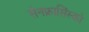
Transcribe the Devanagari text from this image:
सैनफ्रासिंस्को